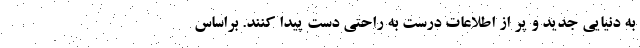
به دنیایی جدید و پر از اطلاعات درست به راحتی دست پیدا کنند. براساس